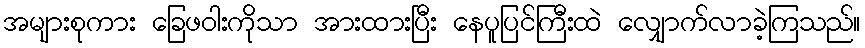
အများစုကား ခြေဖဝါးကိုသာ အားထားပြီး နေပူပြင်ကြီးထဲ လျှောက်လာခဲ့ကြသည်။